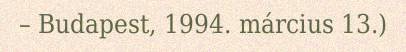
– Budapest, 1994. március 13.)